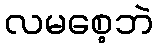
လမစေ့ဘဲ